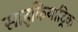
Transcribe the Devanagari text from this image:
साइकियाट्रिक